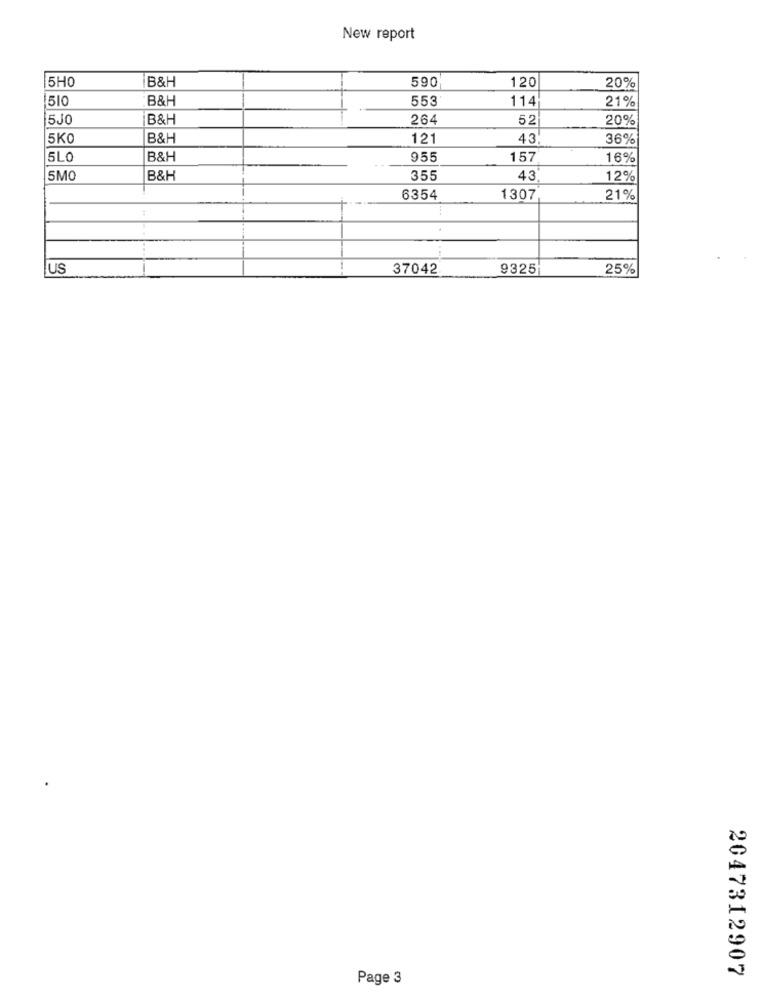
New report
5H0
B&H
590
120
20%
510
B&H
553
114
21%
5J0
B&H
264
52
20%
5KO
B&H
121
43
36%
5LO
B&H
955
157
16%
5MO
B&H
355
43
12%
6354
1307
21%
---
US
37042
9325
25%
2047312907
Page 3